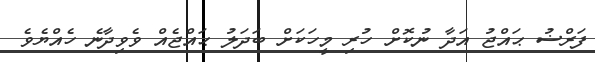
ފަރްޟު ޙައްޖު އަދާ ނުކޮށް ހުރި މީހަކަށް ބަދަލު ޙައްޖެއް ވެވިދާނެ ހެއްޔެވެ